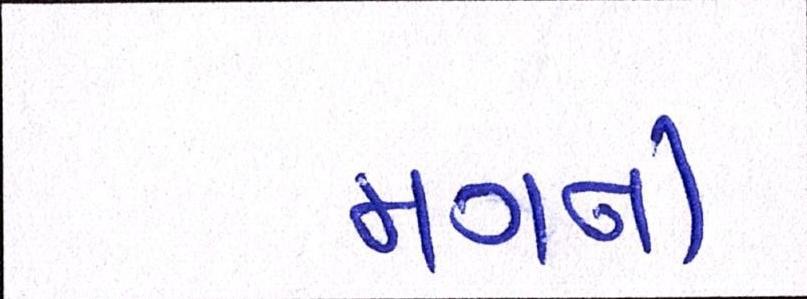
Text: મગની